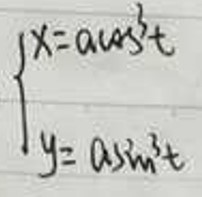
\begin{cases}
x = a \cos^3 t \\
y = a \sin^3 t
\end{cases}